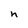
Character: n